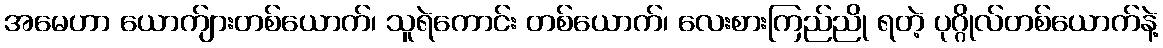
အမေဟာ ယောက်ျားတစ်ယောက်၊ သူရဲကောင်း တစ်ယောက်၊ လေးစားကြည်ညို ရတဲ့ ပုဂ္ဂိုလ်တစ်ယောက်နဲ့